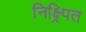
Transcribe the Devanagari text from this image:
निक्ष्र्पित